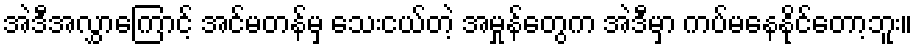
အဲဒီအလွှာကြောင့် အင်မတန်မှ သေးငယ်တဲ့ အမှုန်တွေက အဲဒီမှာ ကပ်မနေနိုင်တော့ဘူး။